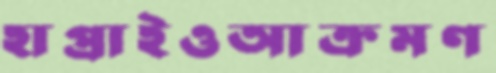
হাপ্‌রাইওআক্রমণ